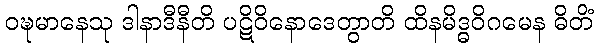
ဝဍ္ဎမာနေသု ဒါနာဒီနီတိ ပဋိဝိနောဒေတွာတိ ထိနမိဒ္ဓဝိဂမေန ဓိတိံ